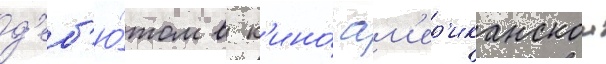
д'еб'ю́том в к'ино́ ам'ер'иканскои